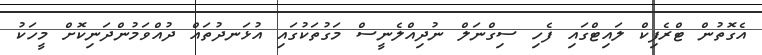
އެގޮތުން ޓްރެފިކް ލައިޓްގައި ފެހި ސިގްނަލް ނުދިއްލެނީސް މަގުތަކުގައި އުޅަނދުތައް ދުއްވަމުންދަނިކޮށް މީހަކު